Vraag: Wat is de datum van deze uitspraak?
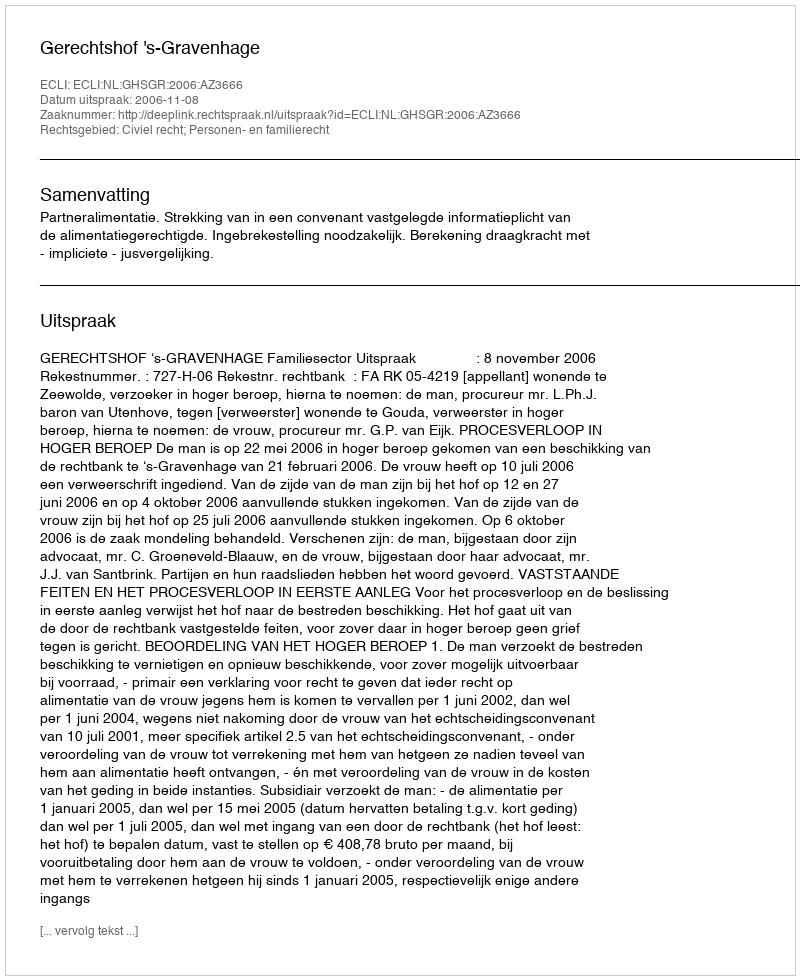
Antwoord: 2006-11-08